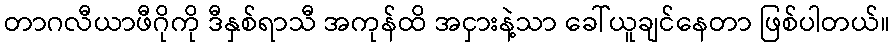
တာဂလီယာဖီဂိုကို ဒီနှစ်ရာသီ အကုန်ထိ အငှားနဲ့သာ ခေါ်ယူချင်နေတာ ဖြစ်ပါတယ်။